画像に写った文字を読んでください
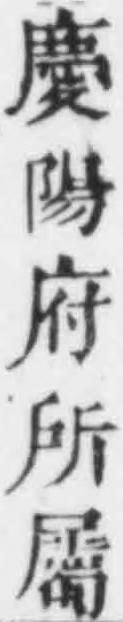
「慶陽府所屬」と書いてあります